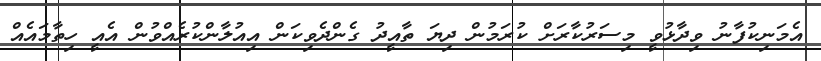
އެމަނިކުފާނު ވިދާޅުވީ މިސަރުކާރަށް ކުރަމުން ދިޔަ ތާއީދު ގެންދެވިކަން އިއުލާންކުރެއްވުން އެއީ ހިތާމައެއް